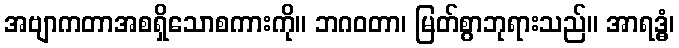
အဗျာကတာအစရှိသောစကားကို။ ဘဂဝတာ၊ မြတ်စွာဘုရားသည်။ အာရဒ္ဓံ၊